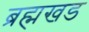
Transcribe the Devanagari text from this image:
ब्रह्मखड